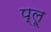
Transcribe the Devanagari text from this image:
प्लू